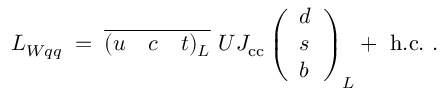
{ \cal L } _ { W q q } \; = \; \overline { { { ( u ~ ~ ~ c ~ ~ ~ t ) _ { L } } } } ~ U J _ { \mathrm { c c } } \left( \begin{array} { l } { { d } } \\ { { s } } \\ { { b } } \end{array} \right) _ { L } + ~ \mathrm { h . c . } ~ .